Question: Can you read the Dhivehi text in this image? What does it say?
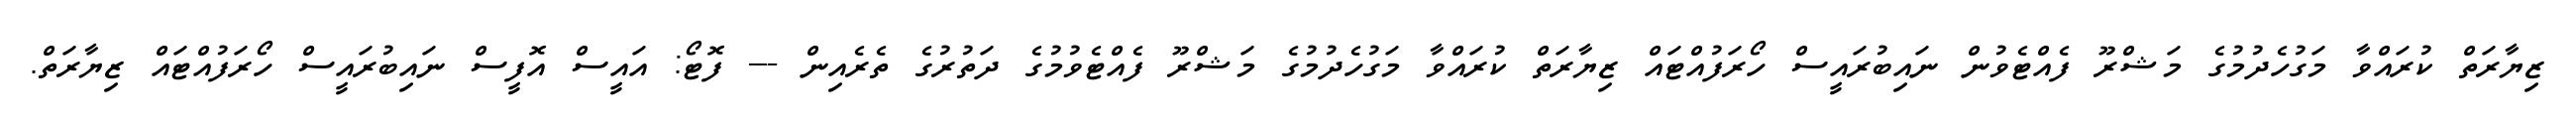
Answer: ޒިޔާރަތް ކުރައްވާ މަގުހެދުމުގެ މަޝްރޫ ފެއްޓެވުން ނައިބުރައީސް ހޯރަފުއްޓައް ޒިޔާރަތް ކުރައްވާ މަގުހެދުމުގެ މަޝްރޫ ފެއްޓެވުމުގެ ދަތުރުގެ ތެރެއިން --- ފޮޓޯ: އައީސް އޮފީސް ނައިބުރައީސް ހޯރަފުއްޓައް ޒިޔާރަތް.